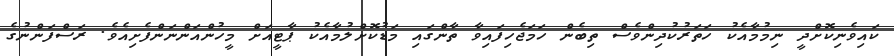
ކައިވެނިކޮށްދީ ނިމުމާއެކު ހަތަރުކުދިންވެސް ތިބެން ހަމަޖެހިފައިވާ ތާންގައި މަޑުކޮށްލުމާއެކު ޕާޓީއަށް މީހުންއަންނަންފެށިއެެެވެ. ރަސްފަންނުގެ